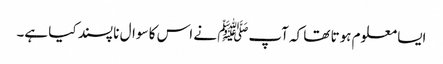
ایسا معلوم ہوتا تھا کہ آپﷺ نے اس کا سوال نا پسند کیا ہے۔